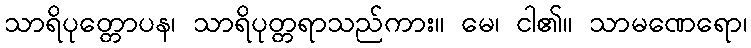
သာရိပုတ္တောပန၊ သာရိပုတ္တရာသည်ကား။ မေ၊ ငါ၏။ သာမဏေရော၊